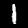
Digit: 1